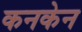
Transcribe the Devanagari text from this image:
कनकेन